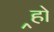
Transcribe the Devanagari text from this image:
र्‍हो